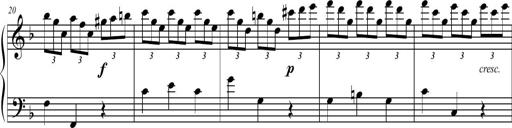
Title: 2 Sonatines faciles et brillantes pour le piano-forte seul
Composer: Carl Czerny